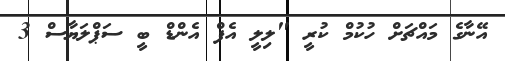
އޭނާގެ މައްޗަށް ހުކުމް ކުރީ "ލިލީ އެފް އެންޑް ބީ ސަޕްލަޔާސް 3